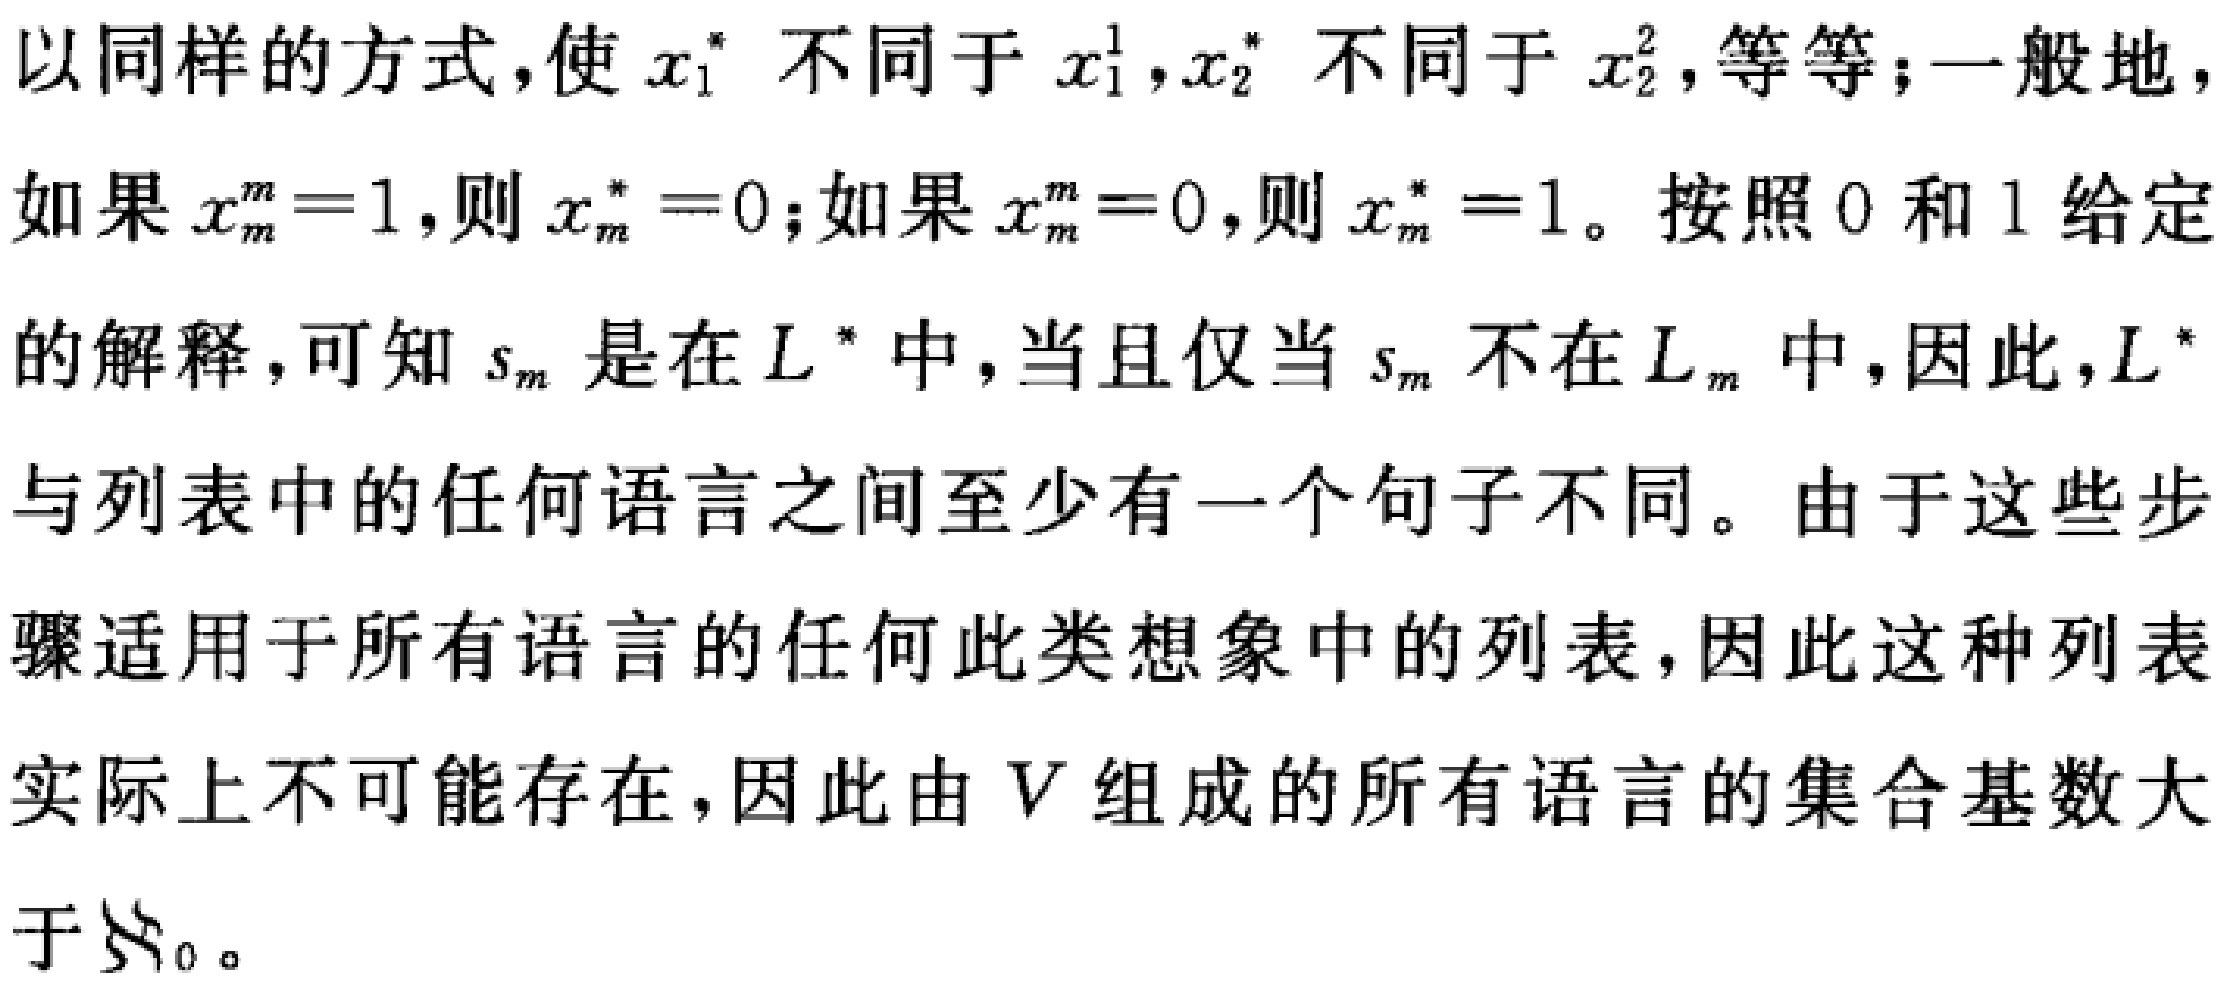
以同样的方式，使 \(x_1^*\) 不同于 \(x_1^1\)，\(x_2^*\) 不同于 \(x_2^2\)，等等；一般地，如果 \(x_m^m = 1\)，则 \(x_m^* = 0\)；如果 \(x_m^m = 0\)，则 \(x_m^* = 1\)。按照 \(0\) 和 \(1\) 给定的解释，可知 \(s_m\) 是在 \(L^*\) 中，当且仅当 \(s_m\) 不在 \(L_m\) 中，因此，\(L^*\) 与列表中的任何语言之间至少有一个句子不同。由于这些步骤适用于所有语言的任何此类想象中的列表，因此这种列表实际上不可能存在，因此由 \(V\) 组成的所有语言的集合基数大于 \(\aleph_0\)。